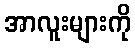
အာလူးများကို